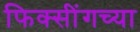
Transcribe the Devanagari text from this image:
फिक्सींगच्या